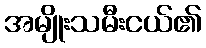
အမျိုးသမီးငယ်၏